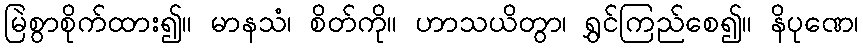
မြဲစွာစိုက်ထား၍။ မာနသံ၊ စိတ်ကို။ ဟာသယိတွာ၊ ရွှင်ကြည်စေ၍။ နိပုဏေ၊